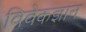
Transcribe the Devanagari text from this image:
विवेकज्ञान